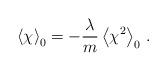
LaTeX: \begin{align*}\left\langle \chi \right\rangle_0 =-\frac{\lambda}{m}\left\langle \chi^2 \right\rangle_0\,.\end{align*}